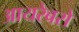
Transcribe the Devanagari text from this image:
आयरेबरो